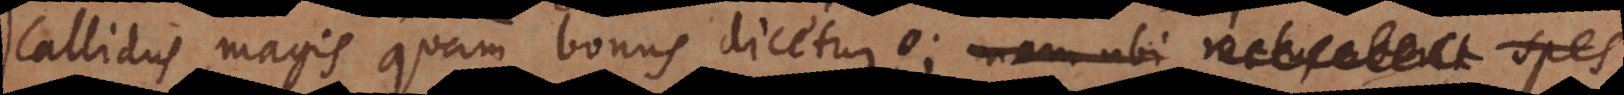
callidus magis quam bonus dicetur; nam ubi metus aberit spes